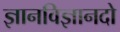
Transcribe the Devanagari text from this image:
ज्ञानविज्ञानदो